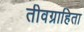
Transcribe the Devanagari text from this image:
तीवग्राहिता